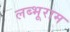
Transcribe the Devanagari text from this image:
लब्भूराम